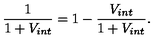
\frac { 1 } { 1 + V _ { i n t } } = 1 - \frac { V _ { i n t } } { 1 + V _ { i n t } } .